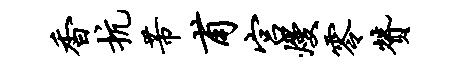
香抗芾甫宫熳零赞